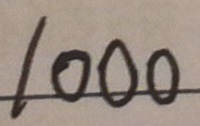
1 0 0 0